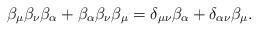
LaTeX: \begin{align*}\beta _\mu\beta _\nu \beta _\alpha +\beta _\alpha \beta _\nu \beta_\mu =\delta _{\mu \nu }\beta _\alpha +\delta _{\alpha \nu }\beta_\mu .\end{align*}